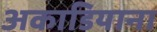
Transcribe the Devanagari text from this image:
अकाडियाना